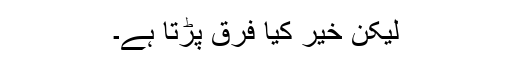
لیکن خیر کیا فرق پڑتا ہے۔